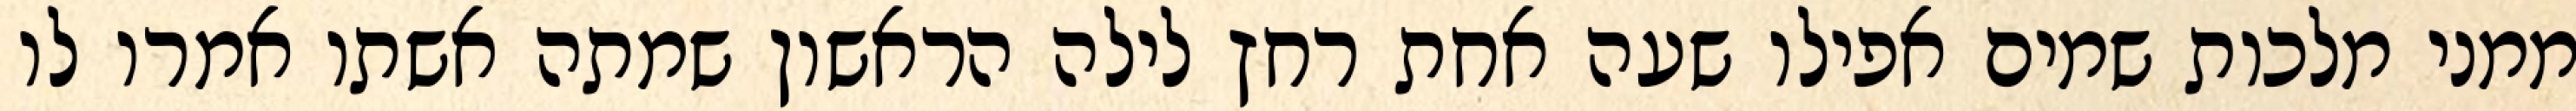
ממני מלכות שמים אפילו שעה אחת רחץ לילה הראשון שמתה אשתו אמרו לו